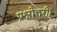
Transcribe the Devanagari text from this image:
प्रश्नोत्तरी।